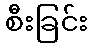
စီးခြင်း